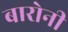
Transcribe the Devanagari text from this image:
बारोनी